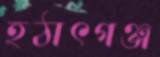
হঠাৎগঞ্জ